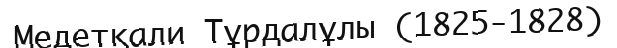
Медетқали Тұрдалұлы (1825-1828)